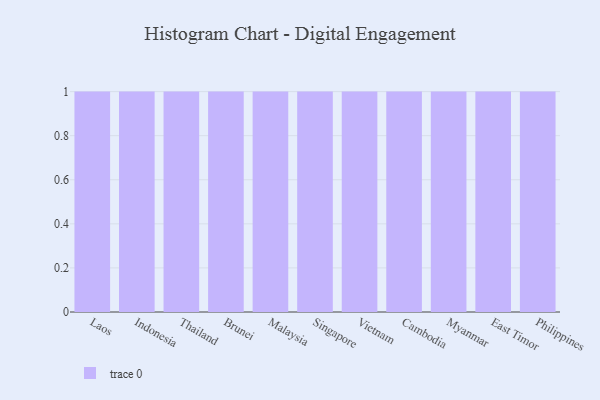
{"axis": {"x": "Country", "y": "Energy Usage (MWh)"}, "legend": [""], "data": [{"x": "Laos", "y": 47, "type": ""}, {"x": "Indonesia", "y": 52, "type": ""}, {"x": "Thailand", "y": 1, "type": ""}, {"x": "Brunei", "y": 20, "type": ""}, {"x": "Malaysia", "y": 9, "type": ""}, {"x": "Singapore", "y": 65, "type": ""}, {"x": "Vietnam", "y": 4, "type": ""}, {"x": "Cambodia", "y": 81, "type": ""}, {"x": "Myanmar", "y": 68, "type": ""}, {"x": "East Timor", "y": 42, "type": ""}, {"x": "Philippines", "y": 67, "type": ""}]}